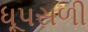
ધૂપસળી